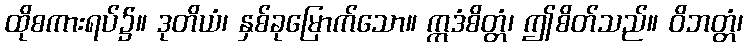
ထိုစကားရပ်၌။ ဒုတိယံ၊ နှစ်ခုမြောက်သော။ ဣဒံစိတ္တံ၊ ဤစိတ်သည်။ ဝိဘတ္တံ၊